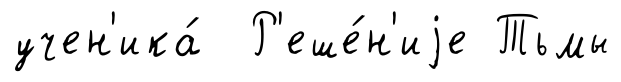
учен'ика́ Р'еше́н'иjе Тьмы